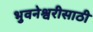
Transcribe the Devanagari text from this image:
भुवनेश्वरीसाठी